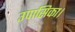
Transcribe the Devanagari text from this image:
उपासिका।